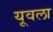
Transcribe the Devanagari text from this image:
यूवला